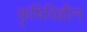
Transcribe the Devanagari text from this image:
कृषिविहीन